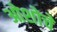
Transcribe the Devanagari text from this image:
ओशोचे